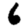
Digit: 6